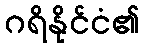
ဂရိနိုင်ငံ၏